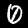
Label: 0